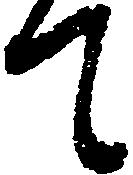
て